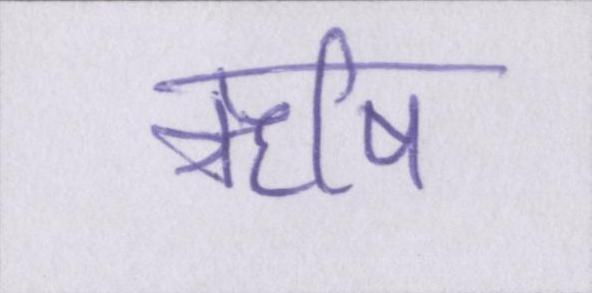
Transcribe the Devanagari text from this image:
ऋषि